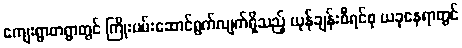
ကျေးရွာတရွာတွင် ကြိုးပမ်းဆောင်ရွက်လျက်ရှိသည့် ယုန်ချန်းစီရင်စု ယခုနေရာတွင်